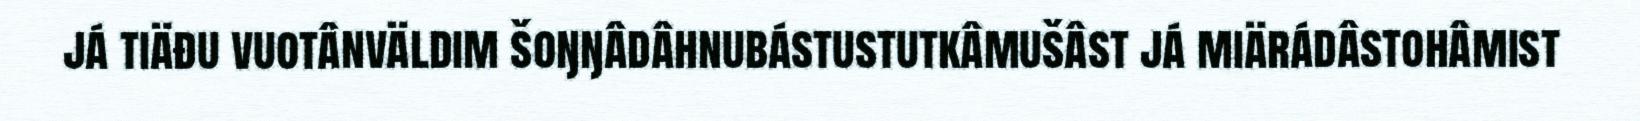
já tiäđu vuotânväldim šoŋŋâdâhnubástustutkâmušâst já miärádâstohâmist